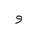
Letter: _waw